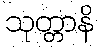
သုတ္တာနိ